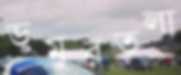
ডুমুরতলা